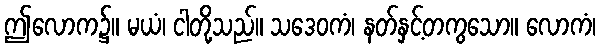
ဤလောက၌။ မယံ၊ ငါတို့သည်။ သဒေဝကံ၊ နတ်နှင့်တကွသော။ လောကံ၊